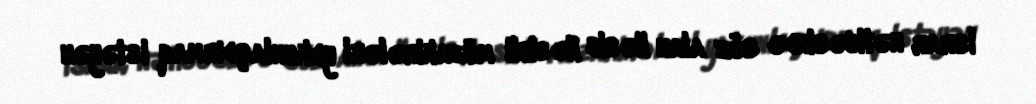
İsrar nəticəsində söz alan Nəsib Nəsibli müzakirələri yekunlaşdırmaq istəyən